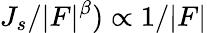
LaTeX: J_{s}/|F|^{\beta})\propto 1/|F|